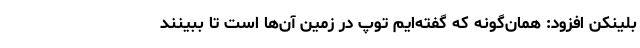
بلینکن افزود: همان‌گونه که گفته‌ایم توپ در زمین آن‌ها است تا ببینند